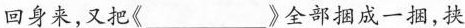
回身来，又把《___》全部捆成一捆，挟